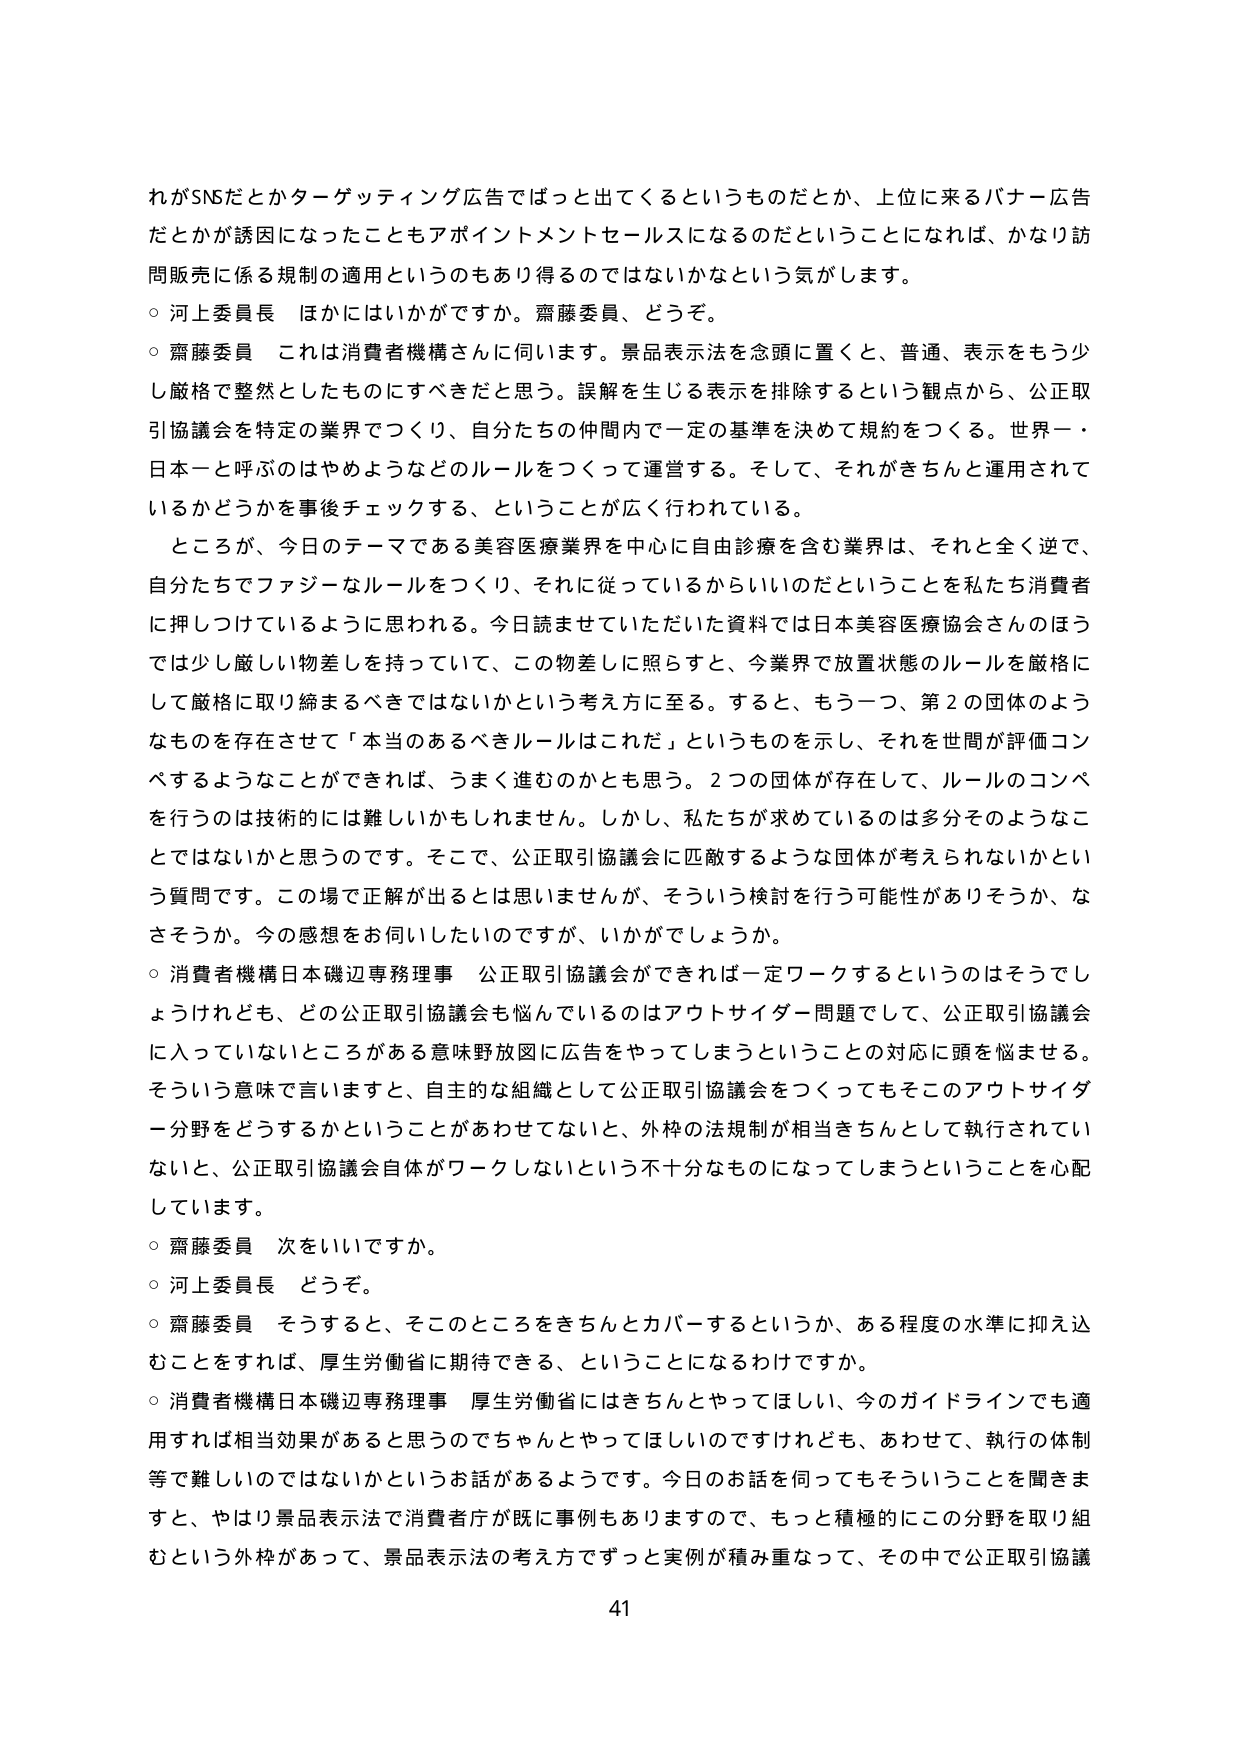
れがSNSだとかターゲッティング広告でばっと出てくるというものだとか、上位に来るバナー広告だとかが誘因になったこともアポイントメントセールスになるのだということになれば、かなり訪問販売に係る規制の適用というのもあり得るのではないかという気がします。

○ 河上委員長 ほかにはいかがですか。齋藤委員、どうぞ。

○ 齋藤委員 これは消費者機構さんに伺います。景品表示法を念頭に置くと、普通、表示をもう少し厳格で整然としたものにすべきだと思う。誤解を生じる表示を排除するという観点から、公正取引協議会を特定の業界でつくり、自分たちの仲間内で一定の基準を決めて規約をつくる。世界一・日本一と呼ぶのはやめようなどのルールをつくって運営する。そして、それがきちんと運用されているかどうかを事後チェックする、ということが広く行われている。

ところが、今日のテーマである美容医療業界を中心に自由診療を含む業界は、それと全く逆で、自分たちでファジーなルールをつくり、それに従っているからいいのだということを私たち消費者に押しつけているように思われる。今日読ませていただいた資料では日本美容医療協会さんのほうでは少し厳しい物差しを持っていて、この物差しに照らすと、今業界で放置状態のルールを厳格にして厳格に取り締まるべきではないかという考え方に至る。すると、もう一つ、第2の団体のようなものを存在させて「本当のあるべきルールはこれだ」というものを示し、それを世間が評価コンペするようなことができれば、うまく進むのかもと思う。2つの団体が存在して、ルールのコンペを行うのは技術的には難しいかもしれません。しかし、私たちが求めているのは多分そのようなことではないかと思うのです。そこで、公正取引協議会に匹敵するような団体が考えられないかという質問です。この場で正解が出るとは思いませんが、そういう検討を行う可能性がありそうか、なさそうか。今の感想をお伺いしたいのですが、いかがでしょうか。

○ 消費者機構日本磯辺専務理事 公正取引協議会ができれば一定ワークするというのはそうでしょうけれども、どの公正取引協議会も悩んでいるのはアウトサイダー問題でして、公正取引協議会に入っていないところがある意味野放図に広告をやってしまうということの対応に頭を悩ませる。そういう意味で言いますと、自主的な組織として公正取引協議会をつくってもそこのアウトサイダー分野をどうするかということがあわせてないと、外枠の法規制が相当きちんとて執行されていないと、公正取引協議会自体がワークしないという不十分なものになってしまうということを心配しています。

○ 齋藤委員 次をいいですか。

○ 河上委員長 どうぞ。

○ 齋藤委員 そうすると、そこのところをきちんとカバーするというか、ある程度の水準に抑え込むことをすれば、厚生労働省に期待できる、ということになるわけですか。

○ 消費者機構日本磯辺専務理事 厚生労働省にはきちんとやってほしい、今のガイドラインでも適用すれば相当効果があると思うのでちゃんとやってほしいのですけれども、あわせて、執行の体制等で難しいのではないかというお話があるようです。今日のお話を伺ってもそういうことを聞きますと、やはり景品表示法で消費者庁が既に事例もありますので、もっと積極的にこの分野を取り組むという外枠があって、景品表示法の考え方でずっと実例が積み重なって、その中で公正取引協議

41